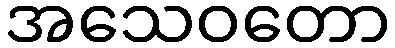
အသေဝတော